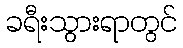
ခရီးသွားရာတွင်